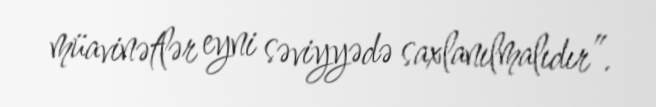
müavinətlər eyni səviyyədə saxlanılmalıdır”.